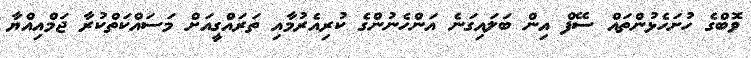
ވޮބްގެ ހުށަހެޅުންތައް ސޭފް އިން ބަލައިގަނެ އަންހެނުންގެ ކުރިއެރުމާއި ތަރައްގީއަށް މަސައްކަތްކުރާ ޖަމްއިއްޔާ